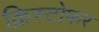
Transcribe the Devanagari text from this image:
क्रिस्‍टोफर